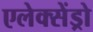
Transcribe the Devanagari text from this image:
एलेक्सेंड्रो